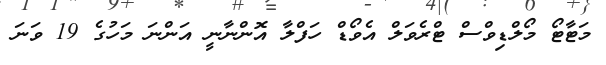
މަޓާޓޯ މޯލްޑިވްސް ޓްރެވަލް އެވޯޑް ހަފްލާ އޮންނާނީ އަންނަ މަހުގެ 19 ވަނަ